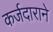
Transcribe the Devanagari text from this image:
कर्जदाराने